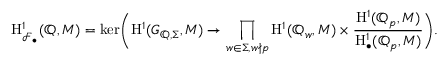
\mathrm { H } _ { \mathcal { F } _ { \bullet } } ^ { 1 } ( \mathbb { Q } , M ) = \ker \biggl ( \mathrm { H } ^ { 1 } ( G _ { \mathbb { Q } , \Sigma } , M ) \to \prod _ { w \in \Sigma , w \nmid p } \mathrm { H } ^ { 1 } ( \mathbb { Q } _ { w } , M ) \times \frac { \mathrm { H } ^ { 1 } ( \mathbb { Q } _ { p } , M ) } { \mathrm { H } _ { \bullet } ^ { 1 } ( \mathbb { Q } _ { p } , M ) } \biggr ) .